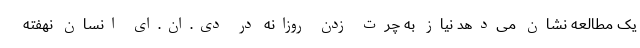
یک مطالعه نشان می‌دهد نیاز به چرت زدن روزانه در دی.ان.ای انسان نهفته